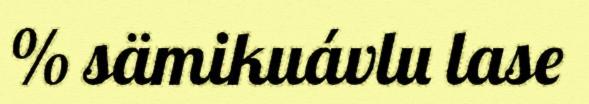
% sämikuávlu lase